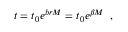
t = t _ { 0 } e ^ { b r M } = t _ { 0 } e ^ { \beta M } \, \, \, ,